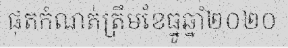
ផុតកំណត់ត្រឹមខែធ្នូឆ្នាំ២០២០